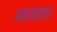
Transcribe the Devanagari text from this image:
अध्यर्द्ध